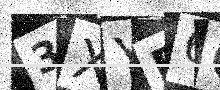
Text: 3XYD6C